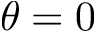
\theta = 0